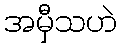
အမှီသဟဲ